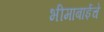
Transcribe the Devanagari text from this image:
भीमाबाईचे